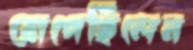
রোপেছিলেন